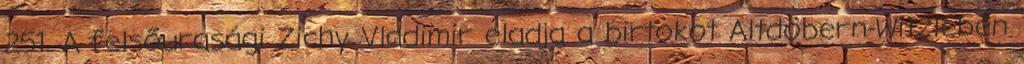
251. A felsőurasági Zichy Vladimir eladja a birtokot Altdöbern-Witzleben